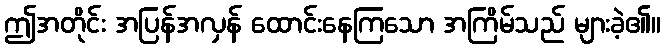
ဤအတိုင်း အပြန်အလှန် ထောင်းနေကြသော အကြိမ်သည် များခဲ့၏။